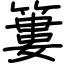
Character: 簍